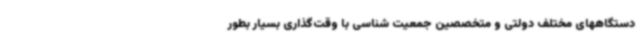
دستگاههای مختلف دولتی و متخصصین جمعیت شناسی با وقت‌گذاری بسیار بطور